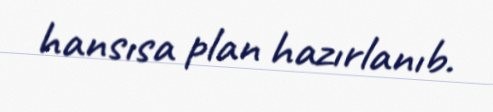
hansısa plan hazırlanıb.